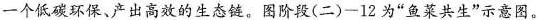
一个低碳环保、产出高效的生态链。图阶段(二)-12为“鱼菜共生”示意图。